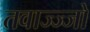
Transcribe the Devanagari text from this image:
तवाज्ज्जो